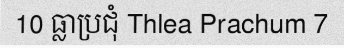
10 ធ្លាប្រជុំ Thlea Prachum 7